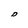
Character: D